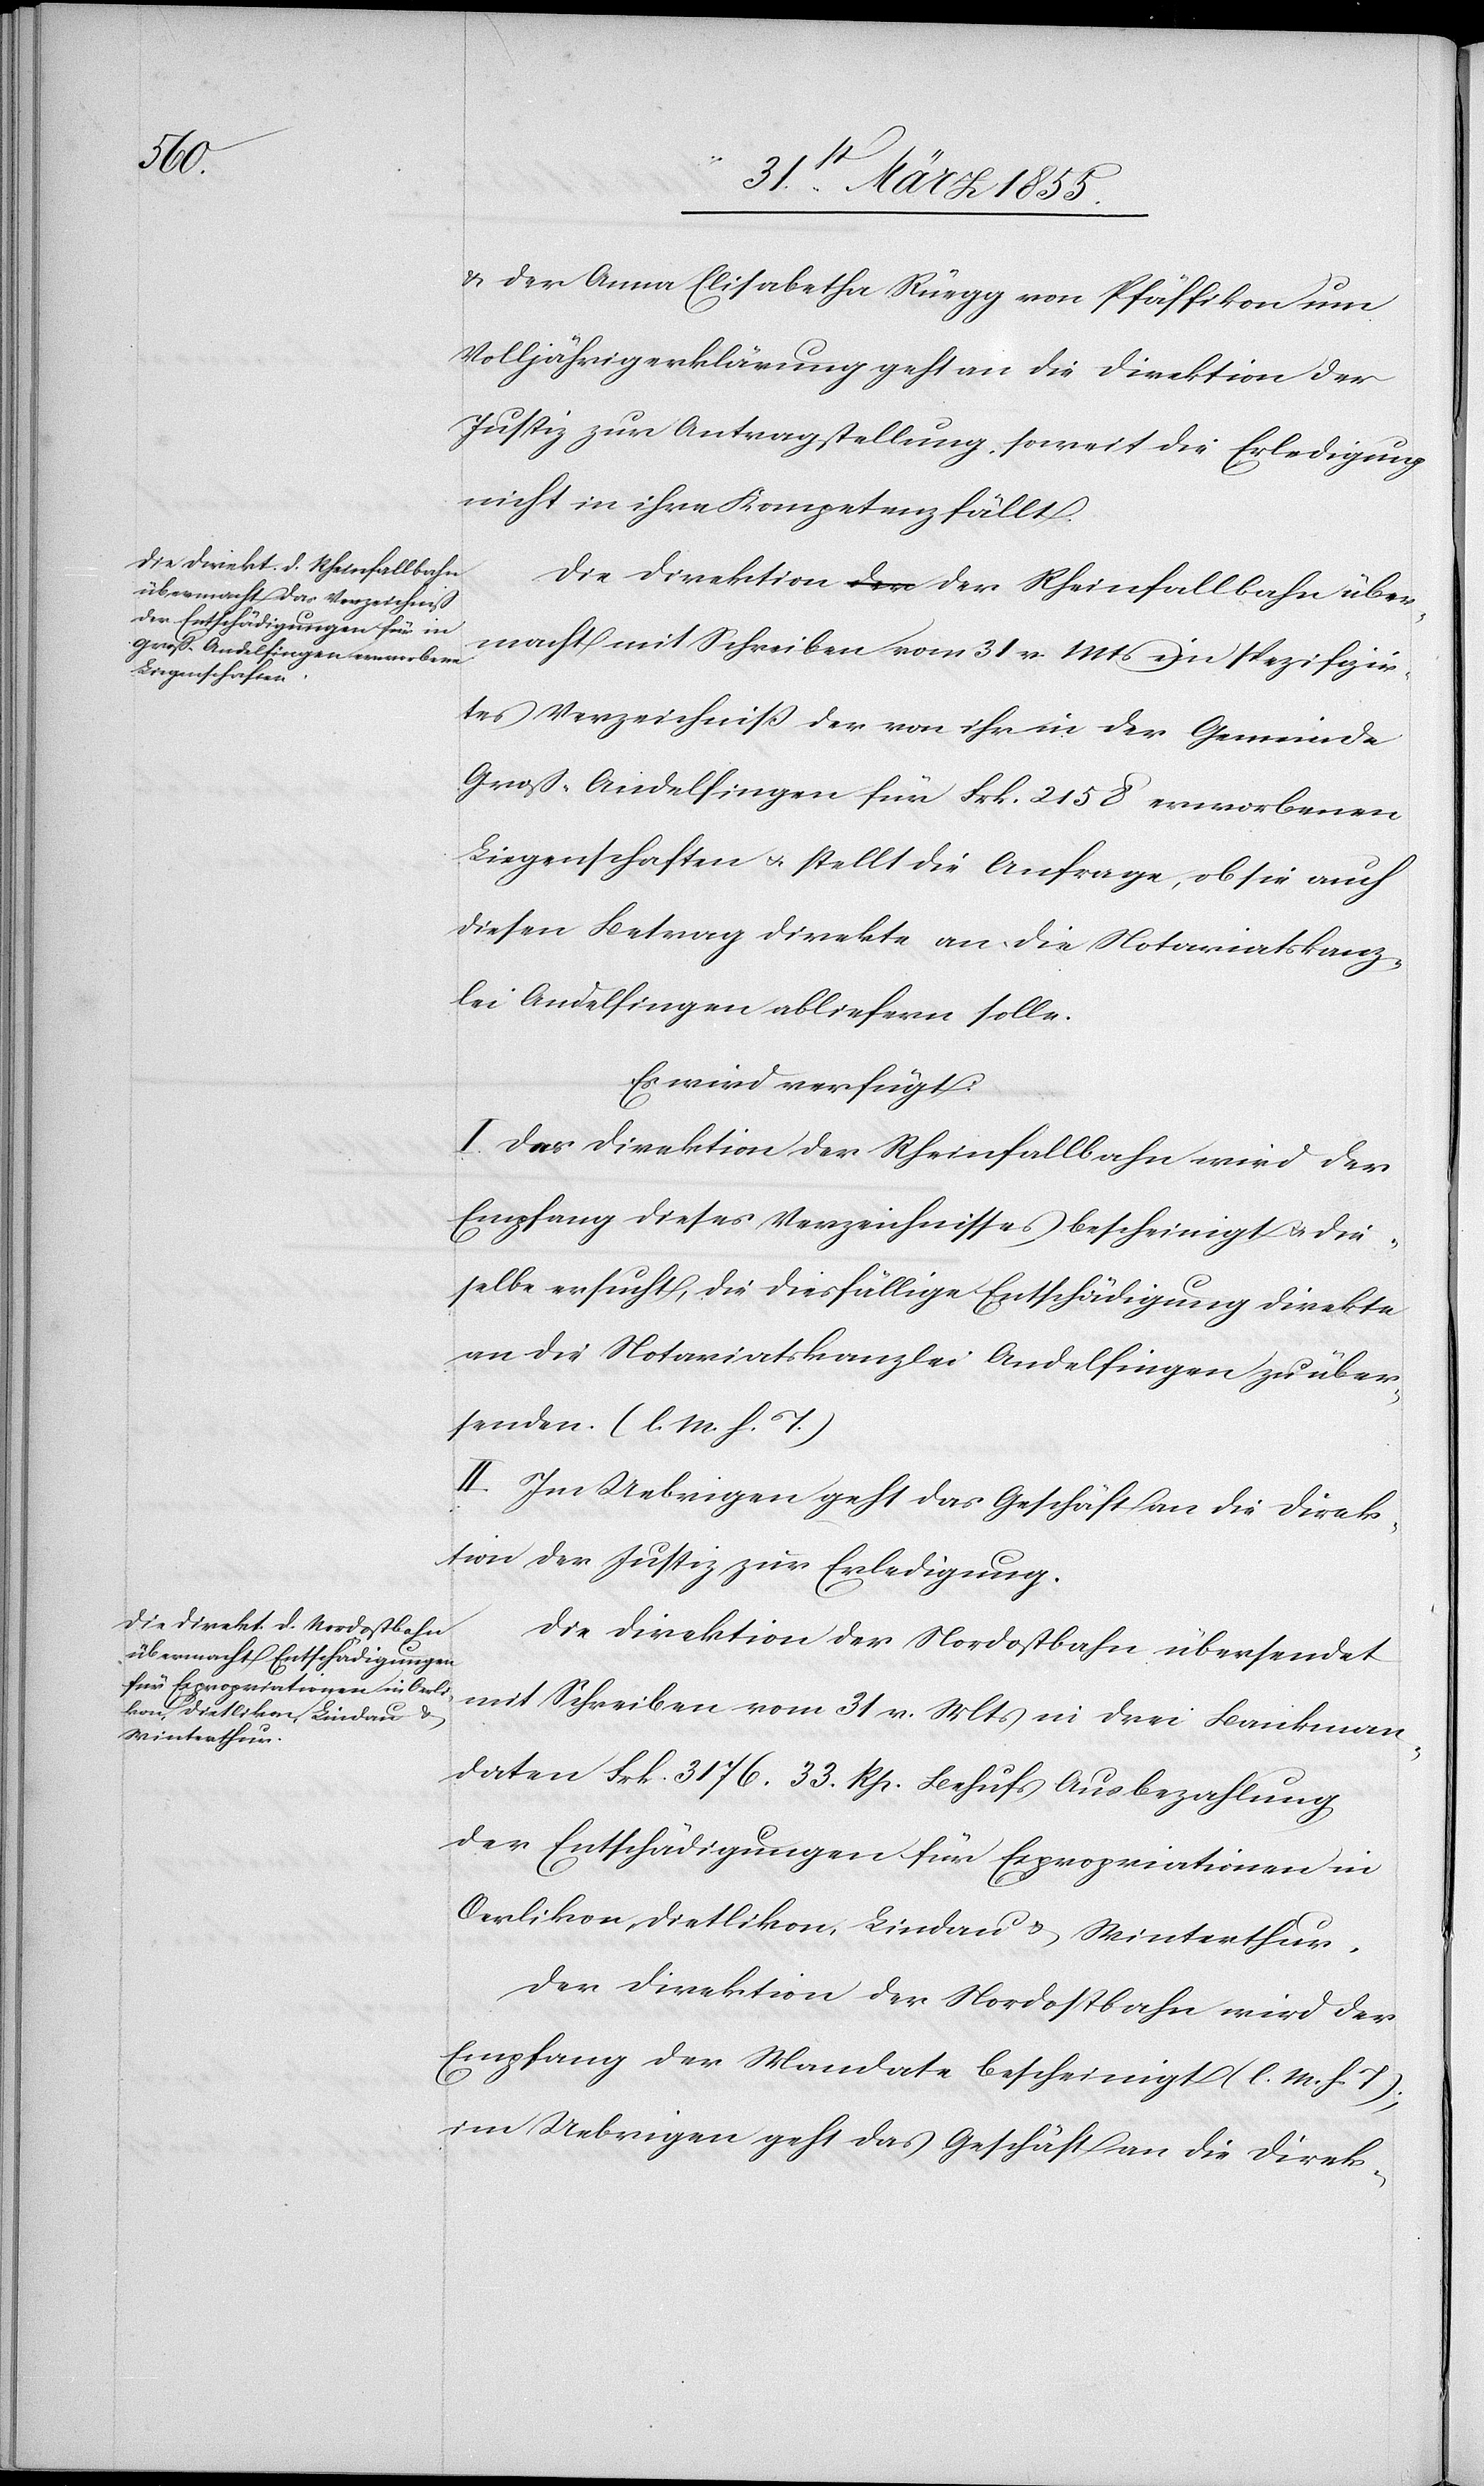
2 April 1855.]
& der Anna Elisabetha Rüegg von Pfäffikon um
Volljährigerklärung geht an die Direktion der
Justiz zur Antragstellung, soweit die Erledigung
nicht in ihre Kompetenz fällt.
Die Direktion der Rheinfallbahn über¬
macht mit Schreiben vom 31 v. Mts ein spezifizir¬
tes Verzeichniss der von ihr in der Gemeinde
Groß-Andelfingen für Frk. 2158 erworbenen
Liegenschaften & stellt die Anfrage, ob sie auch
diesen Betrag direkte an die Notariatskanz¬
lei Andelfingen abliefern solle.
Es wird verfügt:
I. Der Direktion der Rheinfallbahn wird der
Empfang dieses Verzeichnisses bescheinigt & die¬
selbe ersucht, die diesfällige Entschädigung direkte
an die Notariatskanzlei Andelfingen zu über¬
senden. (l. M. h. T.)
II. Im Uebrigen geht das Geschäft an die Direk¬
tion der Justiz zur Erledigung.
Die Direktion der Nordostbahn übersendet
mit Schreiben vom 31 v. Mts in drei Bankman¬
daten Frk. 3176. 33. Rp. Behufs Ausbezahlung
der Entschädigungen für Expropriationen in
Oerlikon, Dietlikon, Lindau & Winterthur.
Der Direktion der Nordostbahn wird der
Empfang der Mandate bescheinigt (l. M. h. T);
im Uebrigen geht das Geschäft an die Direk-